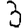
Digit: 3